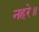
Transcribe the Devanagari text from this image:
नहरे॥